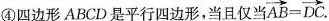
④四边形ABCD是平行四边形，当且仅当 $$\overrightarrow { A B } = \overrightarrow { D C }$$